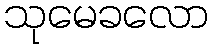
သုမေခလော